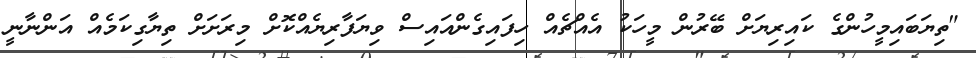
"ތިޔަބައިމީހުންގެ ކައިރިޔަށް ބޭރުން މީހަކު އެއްޗެއް ހިފައިގެންއައިސް ވިޔަފާރިޔެއްކޮށް މިރަށަށް ތިޔާގިކަމެއް އަންނާނީ